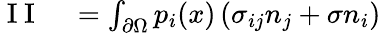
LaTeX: \begin{array}{rl}{\mathrm{~I~I~}}&{{}=\int_{\partial\Omega}p_{i}(x)\left(\sigma_{ij}n_{j}+\sigma n_{i}\right)}\end{array}